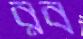
রব